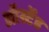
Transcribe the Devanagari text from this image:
ऑर्स्टेड